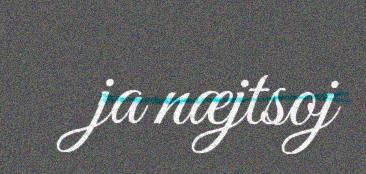
ja næjtsoj